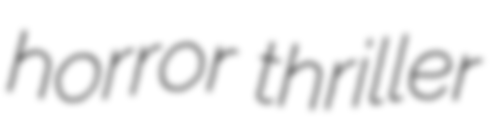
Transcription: horror thriller